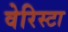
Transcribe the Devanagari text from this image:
वेरिस्टा